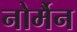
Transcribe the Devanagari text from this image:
नोर्मैन